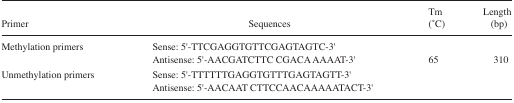
<table><thead><tr><td><b>Primer</b></td><td><b>Sequences</b></td><td><b>Tm(°C)</b></td><td><b>Length(bp)</b></td></tr></thead><tbody><tr><td>Methylation primers</td><td>Sense: 5′-TTCGAGGTGTTCGAGTAGTC-3′Antisense: 5′-AACGATCTTC CGACA AAAAT-3′</td><td>65</td><td>310</td></tr><tr><td>Unmethylation primers</td><td>Sense: 5′-TTTTTTGAGGTGTTTGAGTAGTT-3′Antisense: 5′-AACAAT CTTCCAACAAAAATACT-3′</td><td></td><td></td></tr></tbody></table>